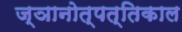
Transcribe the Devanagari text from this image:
ज्ञानोत्पत्तिकाल